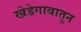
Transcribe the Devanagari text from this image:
खेडेगावातून